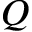
Q